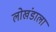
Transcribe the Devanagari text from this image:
लोखंडाला